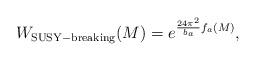
LaTeX: \begin{align*}W_{\rm SUSY-breaking}(M)=e^{{24\pi^2\over b_a}f_a(M)},\end{align*}